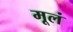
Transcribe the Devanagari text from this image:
मूलं